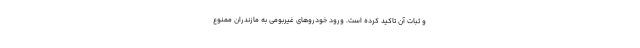
و ثبات آن تاکید کرده است. ورود خودروهای غیربومی به مازندران ممنوع